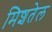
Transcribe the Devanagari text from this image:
मिशतेल